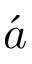
\acute { a }